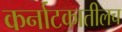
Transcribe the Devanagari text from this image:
कर्नाटकातीलच